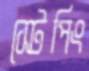
স্টেপিং